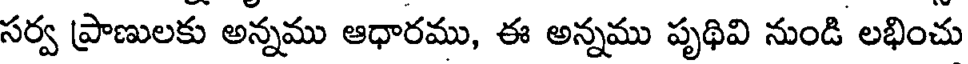
సర్వ ప్రాణులకు అన్నము ఆధారము, ఈ అన్నము పృథివి నుండి లభించు